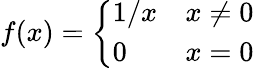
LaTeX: f(x)={\left\{ \begin{array}{ll}{1/x}&{x\not=0}\\ {0}&{x=0}\end{array}\right.}